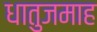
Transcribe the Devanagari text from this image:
धातुजमाह